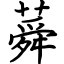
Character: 蕣